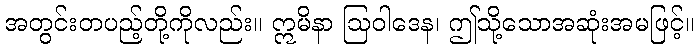
အတွင်းတပည့်တို့ကိုလည်း။ ဣမိနာ ဩဝါဒေန၊ ဤသို့သောအဆုံးအမဖြင့်။